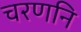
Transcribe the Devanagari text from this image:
चरणनि